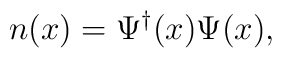
n(x)=\Psi^{\dagger}(x)\Psi(x),